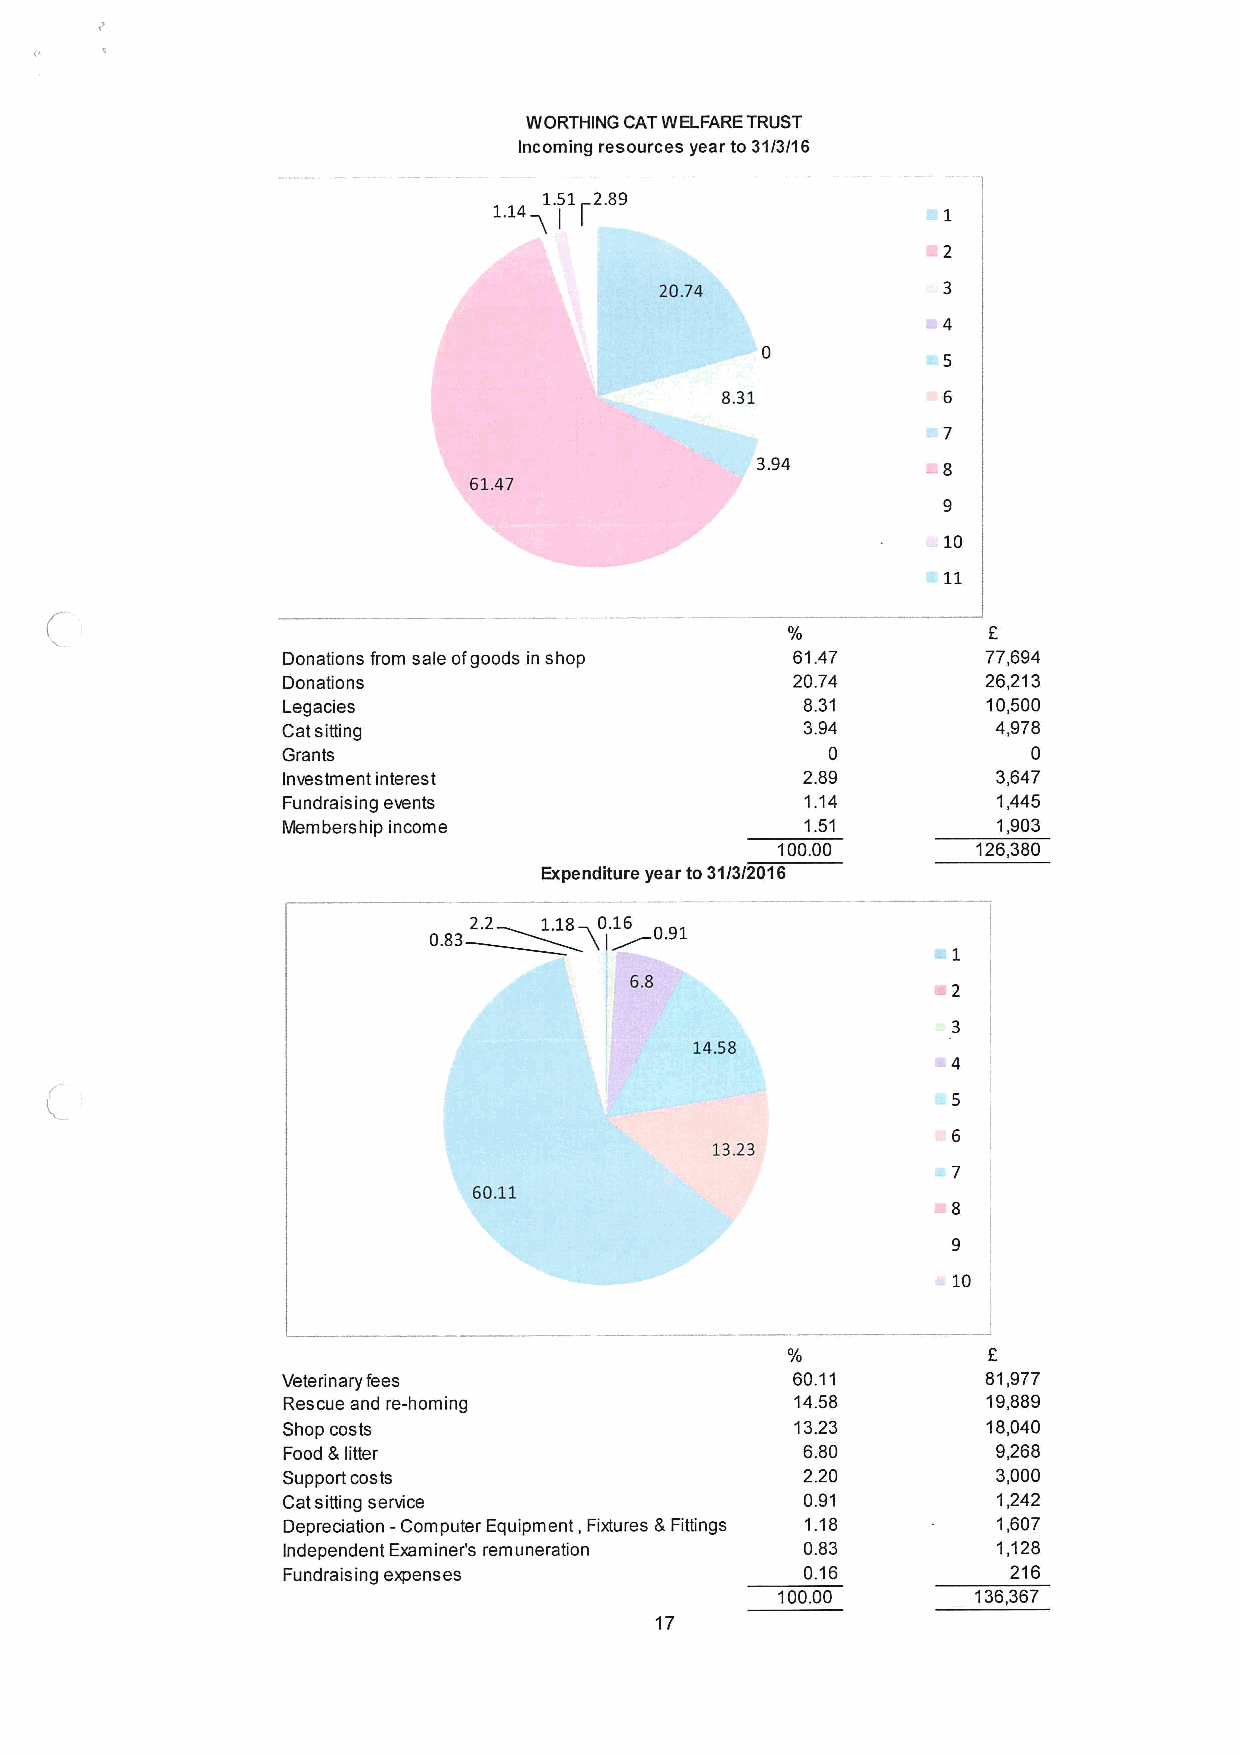
WORTHING CATWELFARETRUST
 Incoming resources year to31/3/16
 1.51r2.89
 20.74
 0
 8.31
 10
 0/           F
 Donations from sale ofgoods in shop 61.47     77,694
 Donations                        20.74        26,213
 Legacies                          8.31        10,500
 Catsitting                        3.94         4,978
 Grants                              0            0
 Investment interest               2.89         3,647
 Fundrais ing events               1.14         1,445
 Membership income                 1.51         1,903
 100.00        126,380
 Expenditure year to31/3/2016
 2.2  1.18 0.16
 14.58
 '.-4
 13.23
 60.11
 ~8
 g
 10
 E
 Veterinary fees                  60.11        81,977
 Rescue and re-homing              14.58       19,889
 Shop costs                        13.23       18,040
 Food 8 litter                     6.80         9,268
 Support costs                     2.20         3,000
 Catsitting service                0.91         1,242
 Depreciation - Computer Equipment, Fixtures 5Fittings 1.18 1,607
 Independent Examiner's remuneration 0.83       1,128
 Fundraising expenses              0.16          216
 100.00       136,367
 17